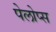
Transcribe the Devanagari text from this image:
पेलोप्स